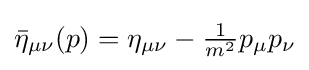
{\textstyle {\bar {\eta }}_{\mu \nu }(p)=\eta _{\mu \nu }-{\tfrac {1}{m^{2}}}p_{\mu }p_{\nu }}